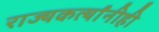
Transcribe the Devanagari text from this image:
राज्यकर्त्यांनीही